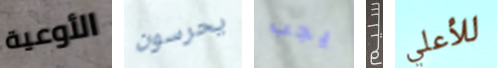
الأوعية يحرسون يجب سليم للأعلي